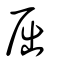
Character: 屈